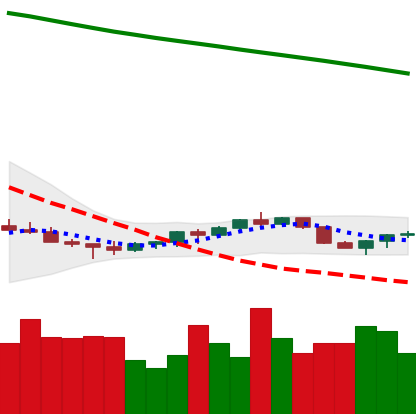
Ticker: EOS-USD
Chart end date: 2022-07-15
Forward return: 6.833%
Label: up_5_7